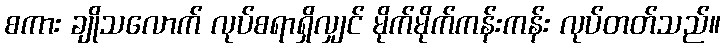
စကား ချိုသလောက် လုပ်စရာရှိလျှင် မိုက်မိုက်ကန်းကန်း လုပ်တတ်သည်။